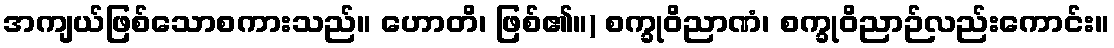
အကျယ်ဖြစ်သောစကားသည်။ ဟောတိ၊ ဖြစ်၏။) စက္ခုဝိညာဏံ၊ စက္ခုဝိညာဉ်လည်းကောင်း။